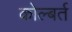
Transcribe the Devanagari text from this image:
कोल्बर्त